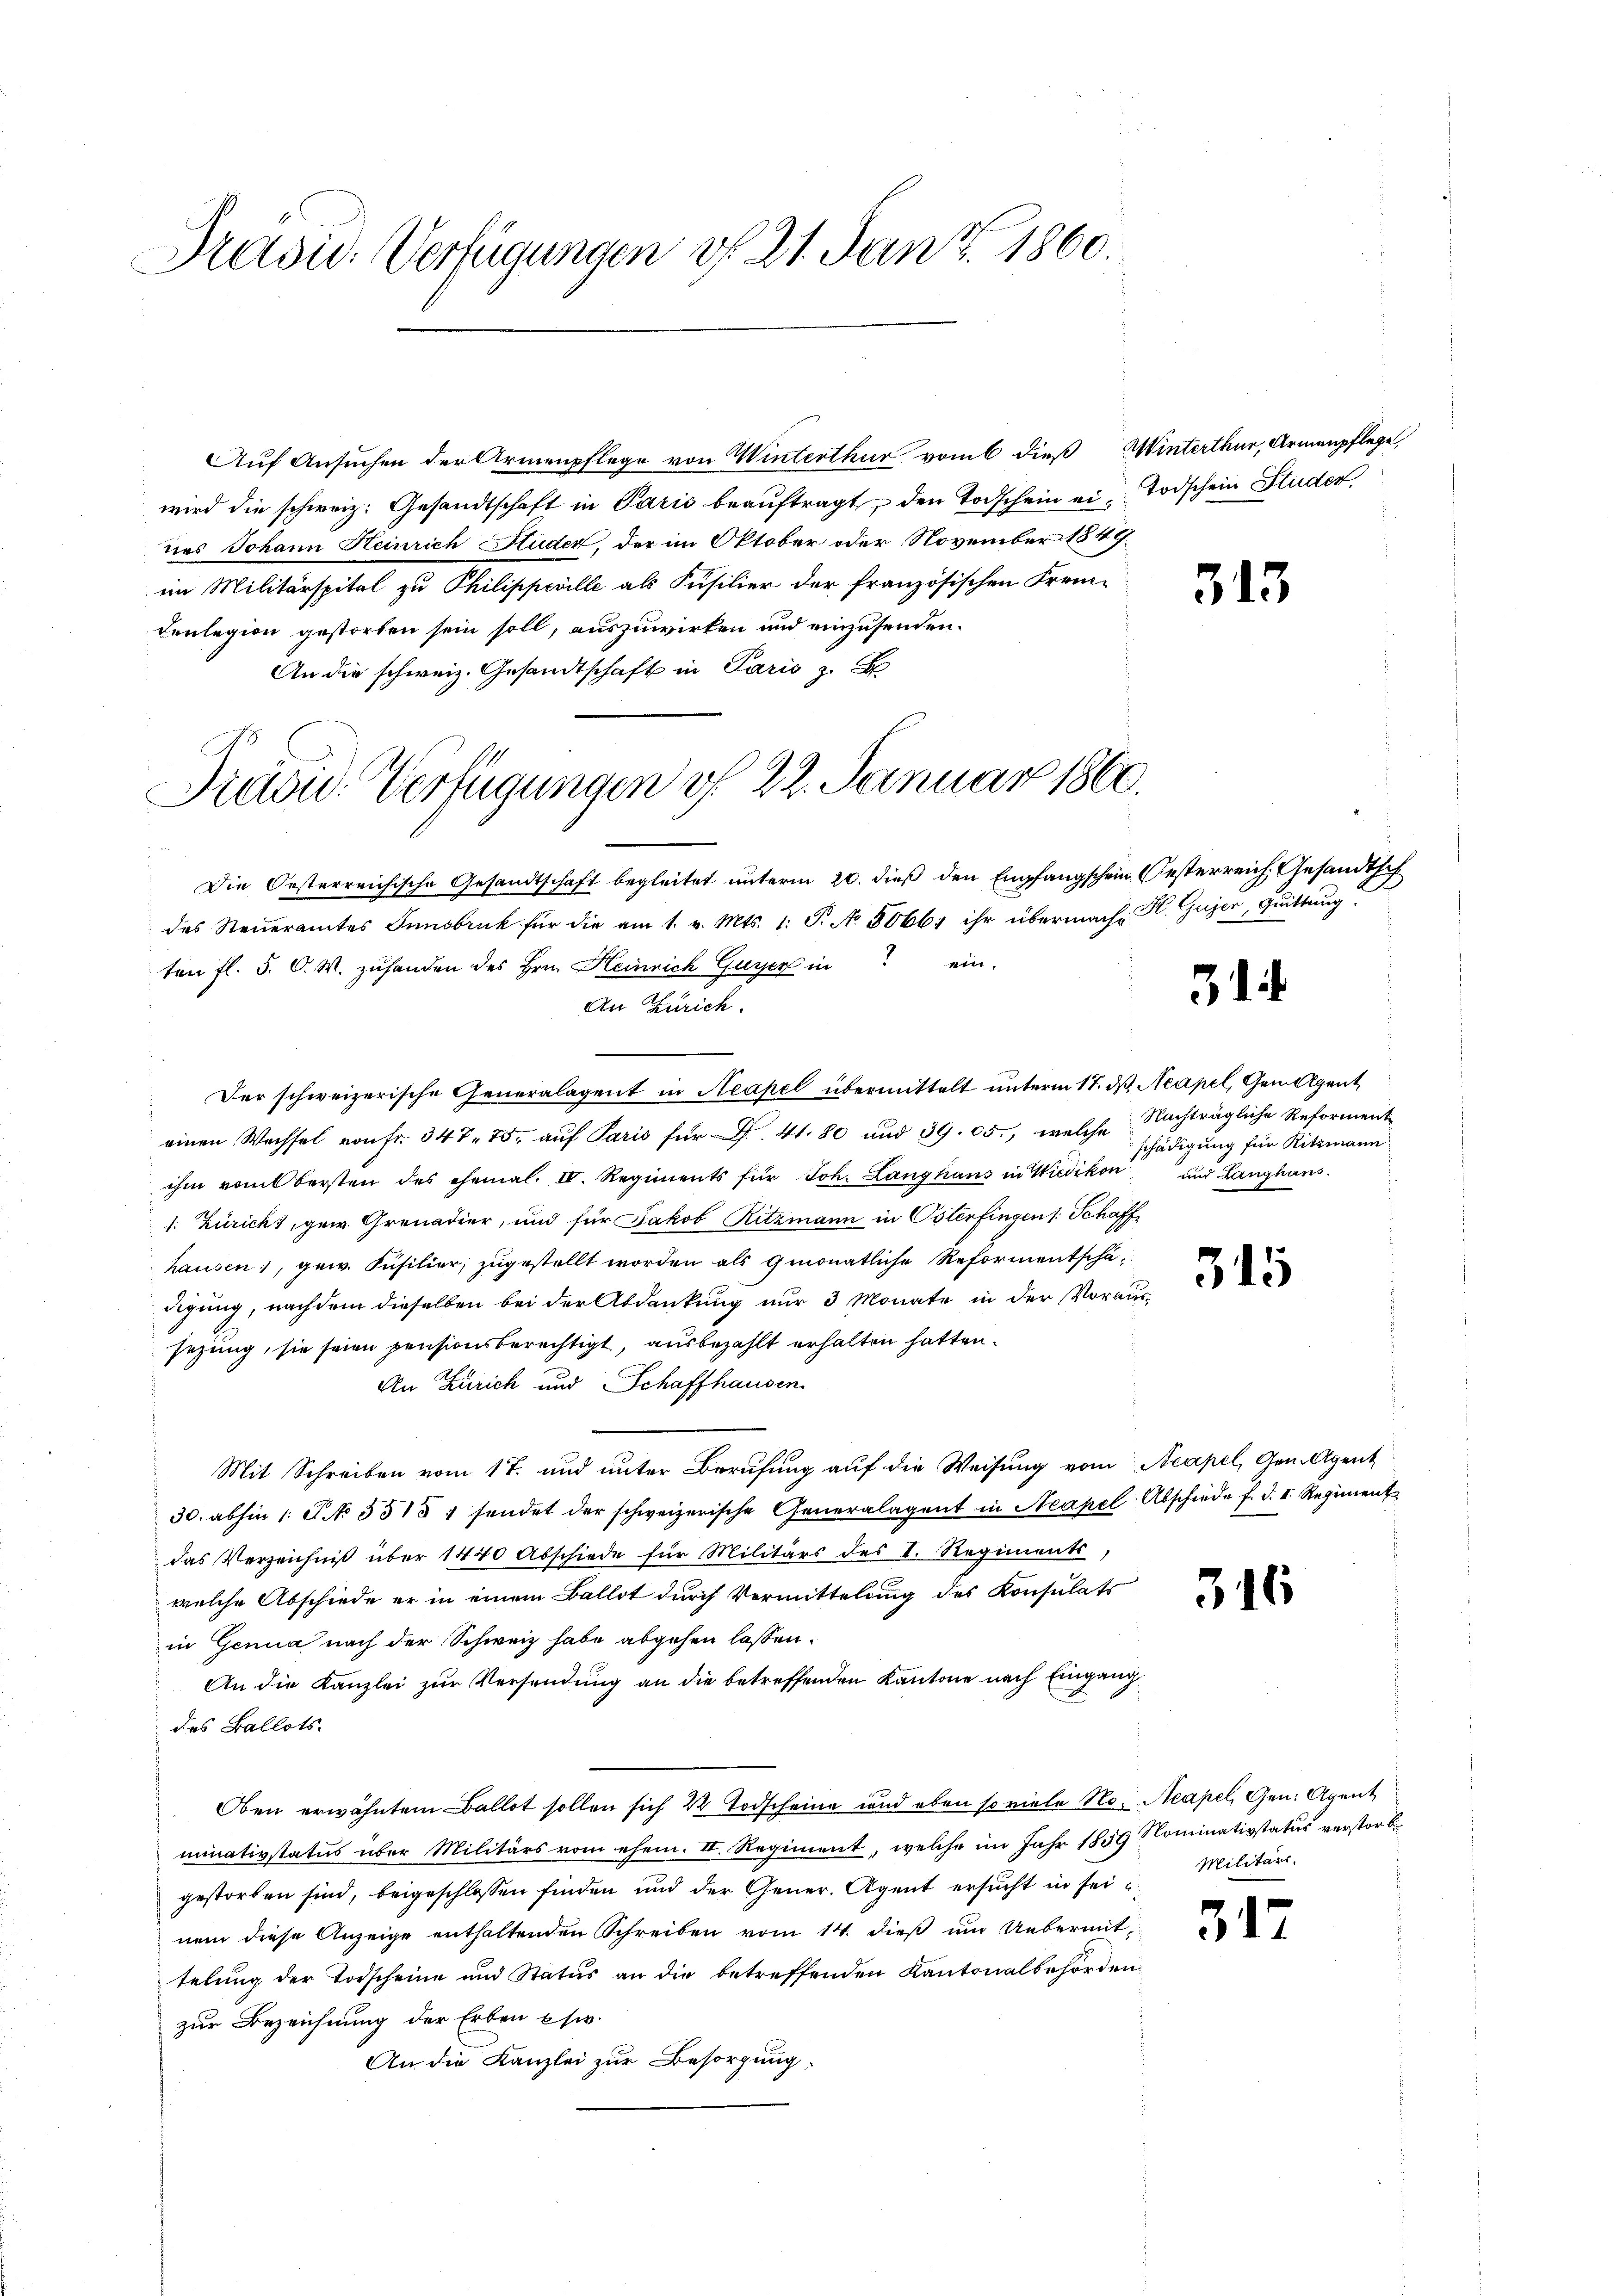
Präsid. Verfügungen v. 21. Jan Z. 1860.

Auf Ansuchen der Armenpflege von Winterthur vom 6 dieß Winterthur, Armenpflege,
wird die schweiz. Gesandtschaft in Paris beaŭftragt, den Todschein ein Todschein Studen,
nes Johann Heinrich Hluder, der im Oktober oder November 1849
im Militärspital zu Philippeville als Fusilier der französischen Frem-
denlegion gestorben sein soll, auszuwirken und einzusenden.
An die schweiz. Gesandtschaft in Paris z. B

Präsid. Verfügungen d. 22. Januar 1860.

Die Oesterreichische Gesandtschaft begleitet unterm 20. dieß den Empfangschein Oesterreich, Gesandthof
des Steŭeramtes Innsbruck für die am 1. v. Mts. 1. S. No. 5066; ihr übermache H. Gujer, Quittung
ten fl. 5. O. W. zuhanden des Hrn. Heinrich Gusser in ein-
An Zürich.
Der schweizerische Generalagent in Neapel übermittelt unterm 17. ds Neapel, Gem Agent
s
einen Wechsel von fr. 347. 75. auf Paris für S. 41. 80 und 39. 05., welche
ihm vom bersten des ehemal. IV. Regiments für Joh. Langhaŭs in Wiedikon und Langhans.
1: Züricht, gew. Grenadier, und für Jakob Ritzmann in Osterfingen s. Schaffhausen, gew. Füsilier, zugestellt worden als gmonatliche Reformentschädigung, nachdem dieselben bei der Abdankung nur 3 Monate in der Voraus-
sezung, sie seien pensionsberechtigt, ausbezahlt erhalten hatten.
An Zürich und Schaffhausen.
Mit Schreiben vom 17. und unter Berufung auf die Weisung vom Acapel, Gen. Agent
30. abhin 1 S. 5515 f sendet der schweizerische Generalagent in Neapel Abschiede f. d. II. Regiment.
das Verzeichnis über 1440 Abschiede für Militärs des V. Regiments
welche Abschiede er in einem Ballot durch Vermittelung des Konsulats
in Genua nach der Schweiz habe abgehen lassen.
An die Kanzlei zur Versendung an die betreffenden Kantone nach Eingang
des Ballots.
Oben erwähntem Ballot sollen sich 2 Todscheine und eben so viele No. Acapel, Gen. Agent
minativstatus über Militärs vom ehem. I. Regiment, welche im Jahr 1859 Nominativstatus verstorb
gestorben sind, beigeschlossen finden und der Gener, Agent ersucht in seinem diese Anzeige enthaltenden Schreiben vom 14. dieß um Uebermittelung der Todscheine und Status an die betreffenden Kantonalbehörden
zur Bezeichnung der Erben usw.
An die Kanzlei zur Besorgung,

313

31

Nachträgliche Reforment
schädigung für Ritzmann
.

315

316

517

Militärs.